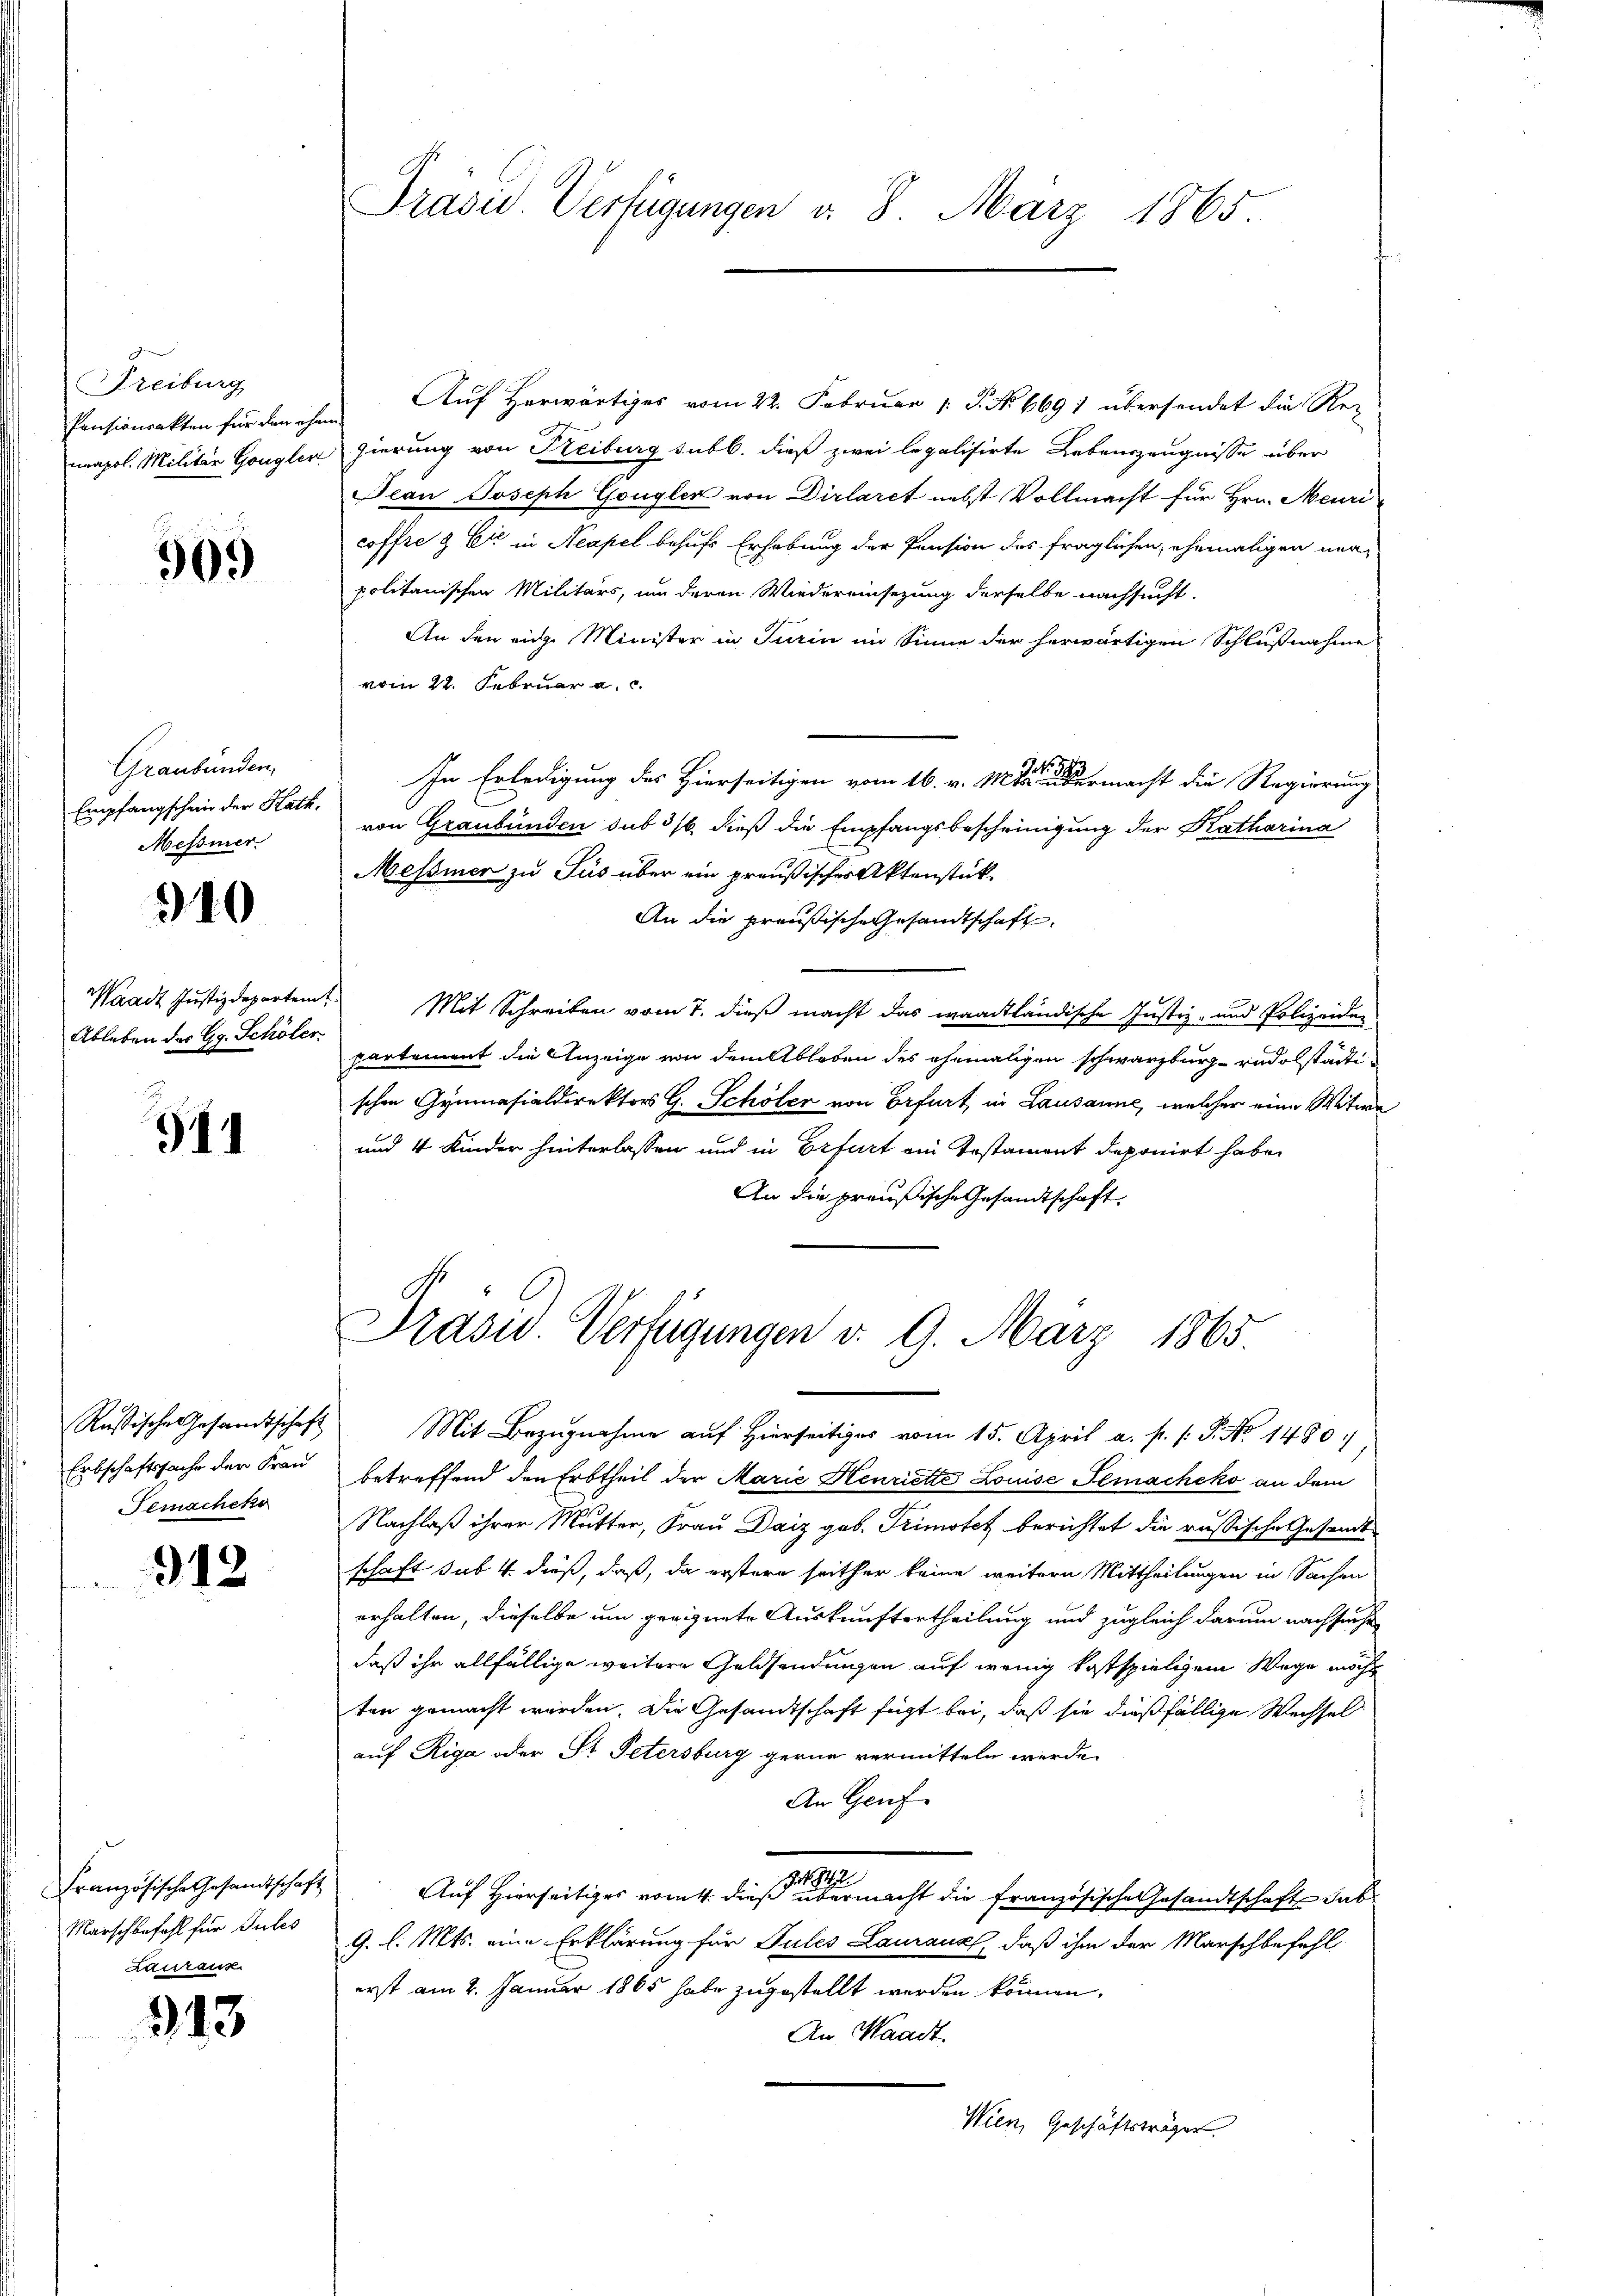
Freiburg
Pensionsakten für den ehe
neapol. Militar Gongler

909

Graubünden,
Empfangschein der Kath.
Messier

310

Waadt Justizdepartem
Ableben des Gg. Schöler

34

Rustische Gesandtschaft
Erbschaftssache der Frau
Semacheko

912

Französische Gesandtschaft
Marschbefahl für Gutes
Aduranz

913

Prasid. Verfügungen d. 8. März 1865.

Auf Herwärtiges vom 22. Februar [ P. No 6691 übersendet die Rez
gierung von Treiburg subl. dieß zwei legalisirte Lebenszeugnisse über
Jean Joseph Gongler von Dirlaret nebst Vollmacht für Hrn. Meuri
coffre & Cie in Neapel behufs Erhebung der Pension des fraglichen, ehemaligen neupolitanischen Militärs, um deren Wiedereinsezung derselbe nachsucht.
An den ein Minister in Turin im Sinne der herwärtigen Schlußnahme
vom 22. Februar a. c.

In Erledigung des Hierseitigen vom 16. v. Mts. übermacht die Regierung
von Graubünden sub 316. dieß die Empfangsbescheinigung der Katharina
Messiner zu Jus über ein preußisches Aktenstück-
An die preußische Gesandtschaft
Mit Schreiben vom 7. dieß macht das waadtländische Justiz- und Polizeiden
partement die Anzeige von dem Ableben des ehemaligen schwarzburg-rudolstädte
schen Gymnasialdirektors G. Schöler von Erfurt in Lausanne, welcher eine Witwe
und 4 Kinder hinterlassen und in Erfurt ein Testament deponirt habe.
An die preußische Gesandtschaft,

Präsid Verfügungen v. 9. März 1865
Mit Bezugnahme auf hierseitiges vom 15. April a. p. /: P. No. 1480.

betreffend den Erbtheil der Marie Henriette Louise Gemacheko an dem
Nachlaß ihrer Mutter, Frau Daiz geb. Trimotez berichtet die russische Gesandt
schaft sub 4 dieß, daß, da erstere seither keine weitern Mittheilungen in Sachen
erhalten, dieselbe um geeignete Auskunftertheilung und zugleich darum nachsuche
daß ihr allfällige weitere Geldsendungen auf wenig kostspieligem Wege möcht
ten gemacht worden. Die Gesandtschaft fügt bei, daß sie dießfällige Wechsel
auf Riga oder Sr. Petersburg gerne vermitteln werde.
An Genf
Auf Hierseitiges vom 4. dieß sie eine er macht die französische Gesandtschaft dab
9. l. Mts. eine Erklärung für Pules Lauranz, daß ihm der Marschbefehl
erst am 2. Januar 1865 habe zugestellt werden können,
An Waadt
Wien, Geschäftsträger